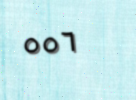
٥٥٦